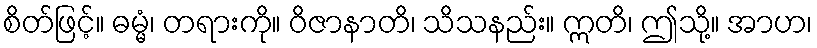
စိတ်ဖြင့်။ ဓမ္မံ၊ တရားကို။ ဝိဇာနာတိ၊ သိသနည်း။ ဣတိ၊ ဤသို့။ အာဟ၊